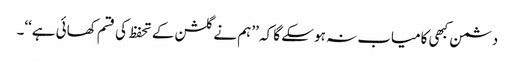
دشمن کبھی کامیاب نہ ہو سکے گا کہ ’’ہم نے گلشن کے تحفظ کی قسم کھائی ہے‘‘۔